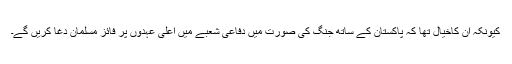
کیونکہ ان کاخیال تھا کہ پاکستان کے ساتھ جنگ کی صورت میں دفاعی شعبے میں اعلیٰ عہدوں پر فائز مسلمان دغا کریں گے۔